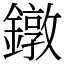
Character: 鐓